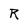
Character: R